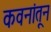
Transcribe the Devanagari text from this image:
कवनांतून